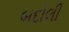
બદોલી